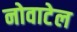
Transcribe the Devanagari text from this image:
नोवाटेल